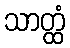
သာတ္ထံ